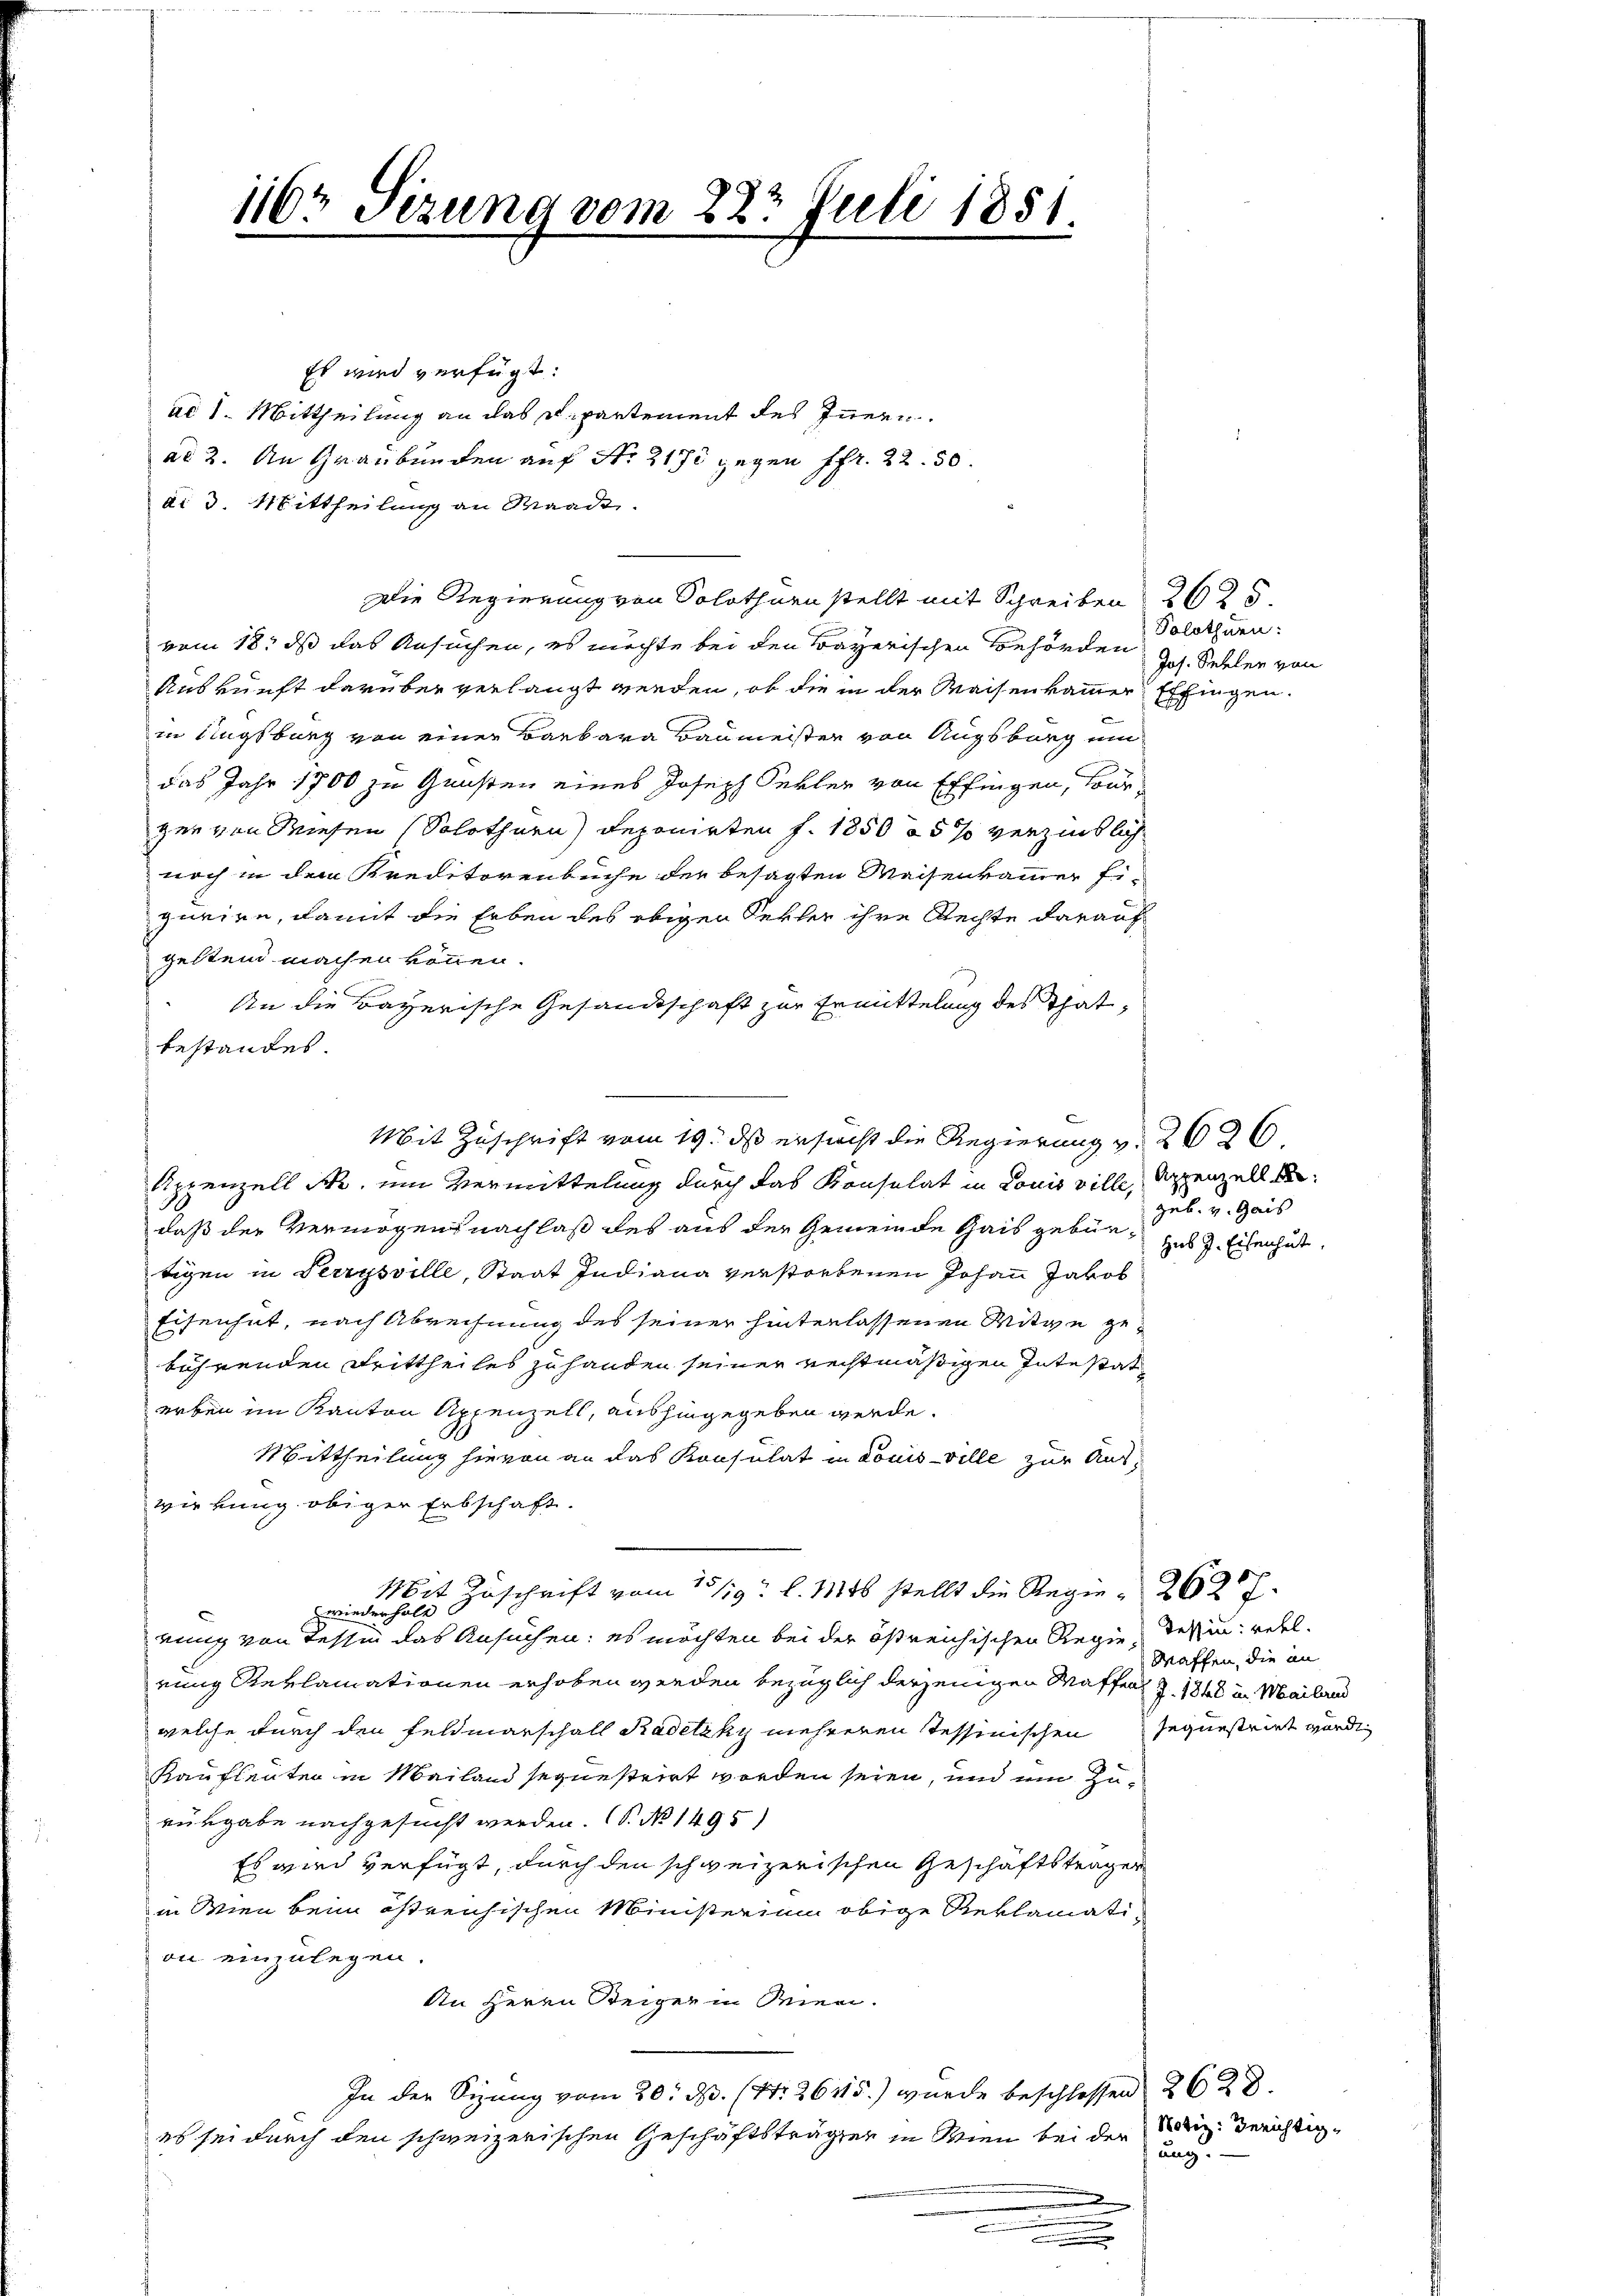
1162 Sizung vom 22. Juli 1851.

Es wird verfügt:
ad 1. Mittheilung an das u. partement des Innern
di 3. Mittheilung an Waadt
Die Regierung von Solothurn stellt mit Schreiben
vom 18. ds das Ansuchen, es möchte bei den Bayerischen Behörden
Auskunft darüber verlangt werden, ob die in der Waisenkammer
E
in Augsburg von einer Barbara Baumeister von Augsburg um
das Jahr 1900 zu Gunsten eines Joseph Sevler von Effingen, tourger von Wiesen (Solothurn) deponirten f. 1850 n 5 % verzinslich
noch in dem Kreditorenbuche der besagten Weisenkammer Figurire, damit die Erben des obigen Sekler ihre Rechte darauf
geltend machen können.
An die Bayerische Gesandtschaft zur Ermittelung des That,
bestandes.
Appenzell Ro. um Vermittelung durch das Konsulat in Louis ville, doppenzell bedaß der Vermögens nachlaß des aus der Gemeinde Gais gebürtigen in Serrysville, Staat Indiana verstorbenen Johann Jakob
Eisenhut, nach Abrechnung des seiner hinterlassenen Witwe gebührenden Drittheiles zu handen seiner rechtmäßigen Intestat
erben im Kanton Appenzell, aushingegeben werde.
Mittheilung hievon an das Konsulat in Louisville zur Auswirkung obiger Erbschaft.
Mit Zuschrift vom 15/19. l. 11156 stellt die Regie- 262 f.
zwiederholt
rung von Tessin das Ansuchen; es möchten bei der östreichischen Regierung Reklamationen erhoben werden bezüglich derjenigen Waffen Z. 1848 u. Mailand
welche durch den Feldmarschall Radetzky mehreren Tessinischen
Kaufleuten in Mailand sequestrirt worden seien, und um Zurürgabe nachgesucht werden. (T. No 1495)
Es wird verfügt, durch den schweizerischen Geschäftsträger
in Wien beim östreichischen Ministerium obige Reklamation einzulegen.
An Herrn Steiger in Wien.
In der Sizung vom 20. ds. (Nr. 26115) wurde beschlossen 2628.
es sei durch den schweizerischen Geschäftsträgen in Wien bei der

ad 2. An Graubünden auf Nr. 2170 gegen Pfr. 22.50.

Mit Zuschrift vom 19. ds ersucht die Regierung v. 2626.

2625
Solothurn:
Jos. Sieckler von
fingen.
E

geb. v. Gais
Hub J. Eisenhut,

Tessin: voll.
Waffen, die an
sequestriet wurden

Notiz: Gerichtigung.